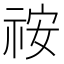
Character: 𥙔